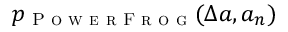
p _ { \textsc { P o w e r F r o g } } ( \Delta a , a _ { n } )